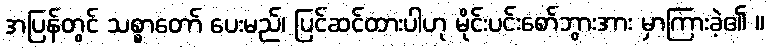
အပြန်တွင် သစ္စာတော် ပေးမည်၊ ပြင်ဆင်ထားပါဟု မိုင်းပင်းစော်ဘွားအား မှာကြားခဲ့၏ ။